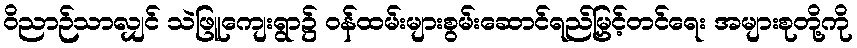
ဝိညာဉ်သာလျှင် သဲဖြူကျေးရွာ၌ ဝန်ထမ်းများစွမ်းဆောင်ရည်မြှင့်တင်ရေး အများစုတို့ကို